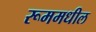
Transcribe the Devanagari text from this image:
रूममधील